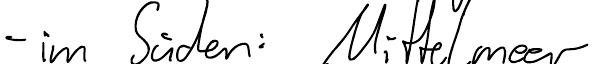
- im Süden: Mittelmeer